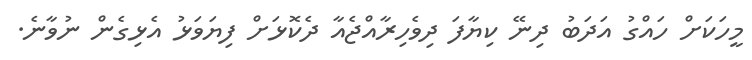
މީހަކަށް ހައްގު އަދަބު ދިނޭ ކިޔާފަ ދިވެހިރާއްޖެއާ ދެކޮޅަށް ފިޔަވަޅު އެޅިގެން ނުވާނެ.